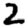
Digit: 2